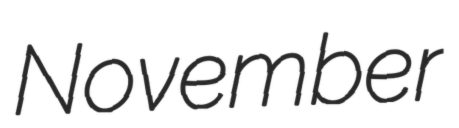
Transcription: November